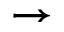
\rightarrow